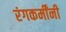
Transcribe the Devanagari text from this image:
रंगकर्मींनी